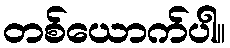
တစ်ယောက်ပါ။